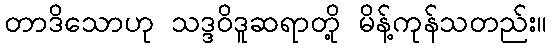
တာဒိသောဟု သဒ္ဒဝိဒူဆရာတို့ မိန့်ကုန်သတည်း။